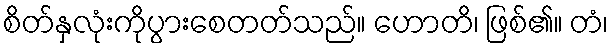
စိတ်နှလုံးကိုပွားစေတတ်သည်။ ဟောတိ၊ ဖြစ်၏။ တံ၊